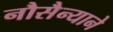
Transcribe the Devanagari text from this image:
नौसैन्याने